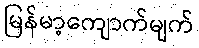
မြန်မာ့ကျောက်မျက်